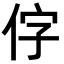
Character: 𪜸